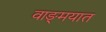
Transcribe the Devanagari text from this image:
वाङ्‍मयात